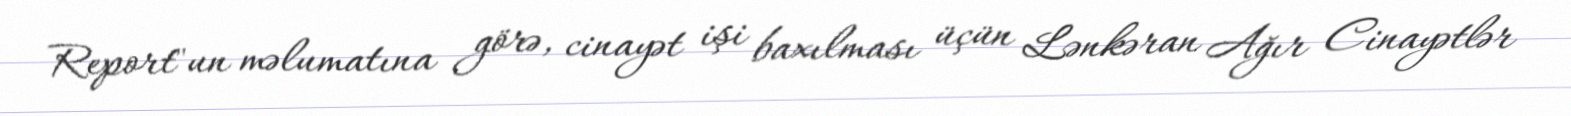
Report"un məlumatına görə, cinayət işi baxılması üçün Lənkəran Ağır Cinayətlər